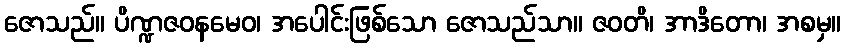
ဇောသည်။ ပိဏ္ဍဇဝနမေဝ၊ အပေါင်းဖြစ်သော ဇောသည်သာ။ ဇဝတိ၊ အာဒိတော၊ အစမှ။